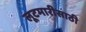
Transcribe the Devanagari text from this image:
लूटमारीसाठी